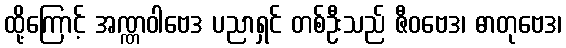
ထို့ကြောင့် အဏ္ဏဝါဗေဒ ပညာရှင် တစ်ဦးသည် ဇီဝဗေဒ၊ ဓာတုဗေဒ၊